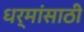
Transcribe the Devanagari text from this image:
धर्मांसाठी